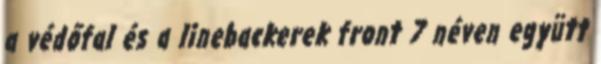
a védőfal és a linebackerek front 7 néven együtt